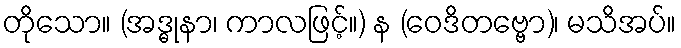
တိုသော။ (အဒ္ဓုနာ၊ ကာလဖြင့်။) န (ဝေဒိတဗ္ဗော)၊ မသိအပ်။